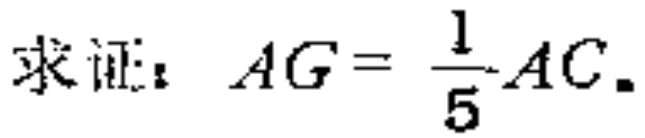
求证：\(AG = \frac{1}{5}AC\).